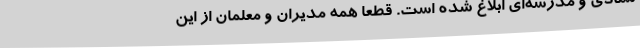
ستادی و مدرسه‌ای ابلاغ شده است. قطعاً همه مدیران و معلمان از این